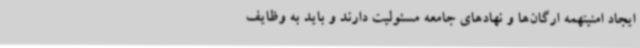
ایجاد امنیتهمه ارگان‌ها و نهادهای جامعه مسئولیت دارند و باید به وظایف